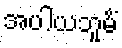
အပါယဘူမိံ